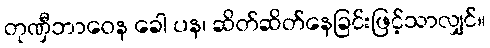
တုဏှီဘာဝေန ခေါ ပန၊ ဆိတ်ဆိတ်နေခြင်းဖြင့်သာလျှင်။